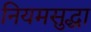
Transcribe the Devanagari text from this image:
नियमसुद्धा